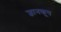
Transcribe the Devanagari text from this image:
ज्ञानकूप